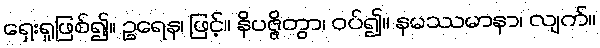
ရှေးရှုဖြစ်၍။ ဥရေန၊ ဖြင့်။ နိပဇ္ဇိတွာ၊ ဝပ်၍။ နမဿမာနာ၊ လျက်။